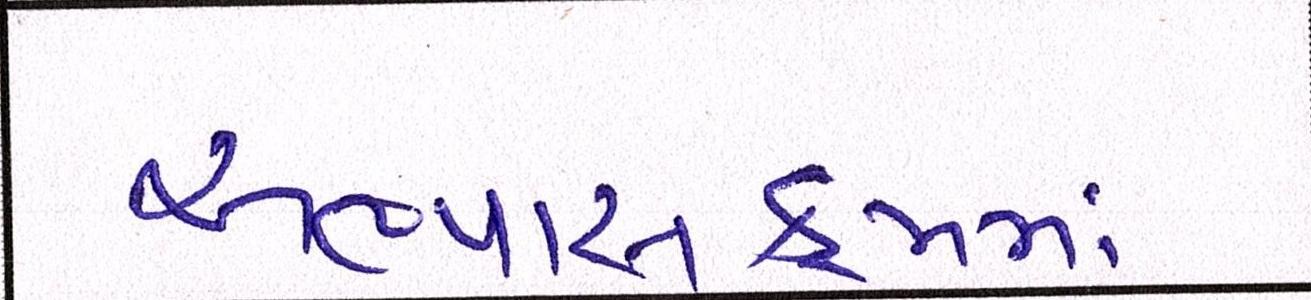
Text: અભ્યાસક્રમમાં